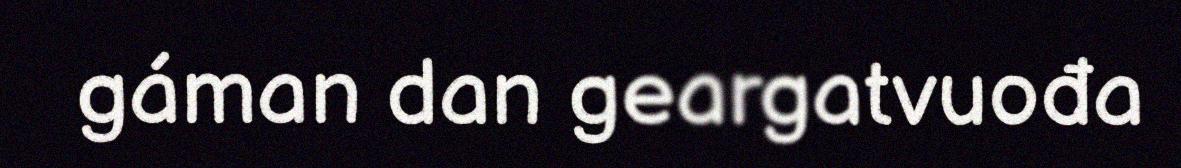
gáman dan geargatvuođa